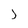
Character: J